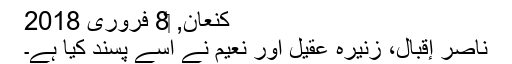
کنعان, ‏8 فروری 2018
ناصر إقبال، زنیرہ عقیل اور نعیم نے اسے پسند کیا ہے۔